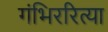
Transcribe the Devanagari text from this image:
गंभिररित्या